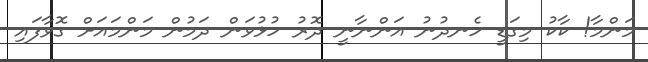
މަންމާ! ކާކު މިގަޑީ ހެނދުނު އަންނާނީ ދޮރު ހުޅުވަން ދަމުން މަންމައަށް ގޮވާފައި